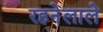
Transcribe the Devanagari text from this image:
रहनेलाले